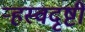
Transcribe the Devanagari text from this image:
ऱ्हस्वदृष्टी